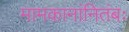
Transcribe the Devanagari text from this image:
मामकानांनितंबः